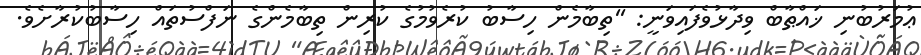
ޢުމަރުބުނި ޚައްޠާބް ވިދާޅުވެފައިވަނީ: ''ތިބާމެން ހިސާބު ކުރެވުމުގެ ކުރިން ތިބާމެންގެ ނަފްސުތައް ހިސާބުކުރާށެވެ.